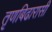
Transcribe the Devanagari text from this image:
तृणबिढारासी